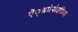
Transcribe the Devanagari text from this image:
ऐं्थ्राोपोइडिया